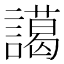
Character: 譪